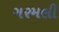
ગરમલી